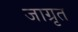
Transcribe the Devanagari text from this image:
जाग्रृत